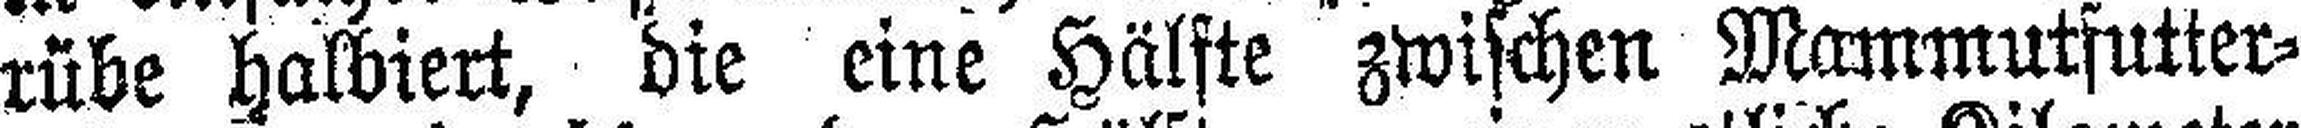
rübe halbiert, die eine Hälfte zwischen Mammutfutter¬